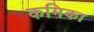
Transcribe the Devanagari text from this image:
कमिका